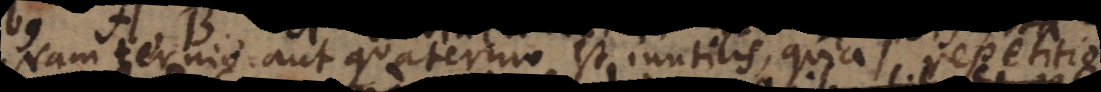
Nam ternio aut quaternio inutilis, quia repetitio